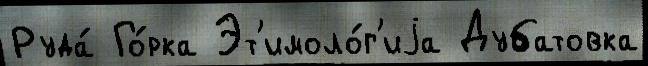
Руда́ Го́рка Эт'имоло́г'иjа Дубатовка